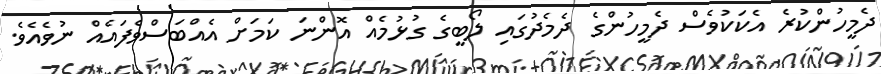
ދެމީހުންކުރެ އެކަކުވެސް ދެމީހުންގެ ދެމެދުގައި ލޯބީގެ ގުޅުމެއް އޮންނަ ކަމަށް އެއްބަސްވެފައެއް ނުވެއެވެ.